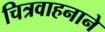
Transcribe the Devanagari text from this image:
चित्रवाहनाने